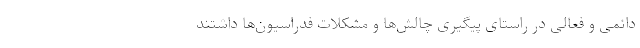
دائمی و فعالی در راستای پیگیری چالش‌ها و مشکلات فدراسیون‌ها داشتند